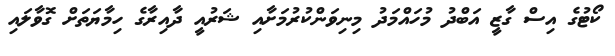
ކޯޓުގެ އިސް ގާޒީ އަބްދު މުހައްމަދު މިނިވަންކުރުމަށާއި ޝަރުއީ ދާއިރާގެ ހިމާޔަތަށް ގޮވާލައި